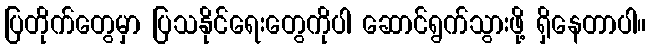
ပြတိုက်တွေမှာ ပြသနိုင်ရေးတွေကိုပါ ဆောင်ရွက်သွားဖို့ ရှိနေတာပါ။